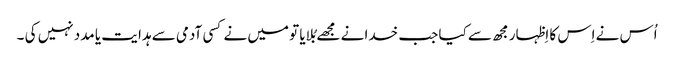
اُس نے اِس کا اِظہار مجھ سے کیا جب خدا نے مجھے بُلایا تو میں نے کسی آدمی سے ہدا یت یا مدد نہیں کی ۔